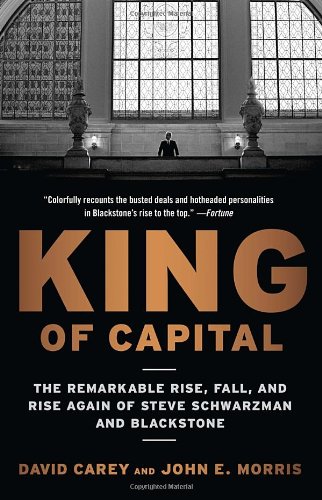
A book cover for King of Capital: The Remarkable Rise, Fall, and Rise Again of Steve Schwarzman and Blackstone; David Carey; Business & Money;